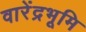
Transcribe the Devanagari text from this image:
वारेंद्रभूमि